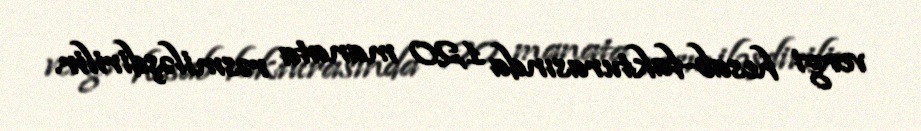
vergi hesab-fakturasında 1,20 manata rəsmiləşdirilir.